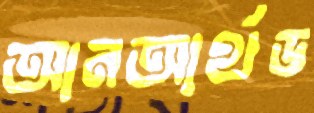
আনআর্থড